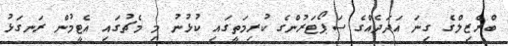
ބްރެޒިލްގެ ގިނަ އަދަދެއްގެ ސަޕޯޓަރުންގެ ކުރިމަތީގައި ކުޅުނު މި މެޗުގައި އެޓީމުން ރަނގަޅު